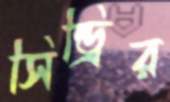
সিন্ড্রির